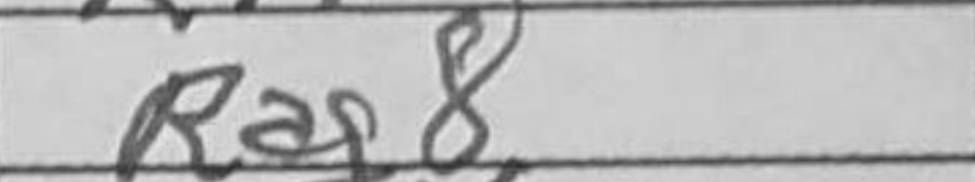
Transcription: Rag8